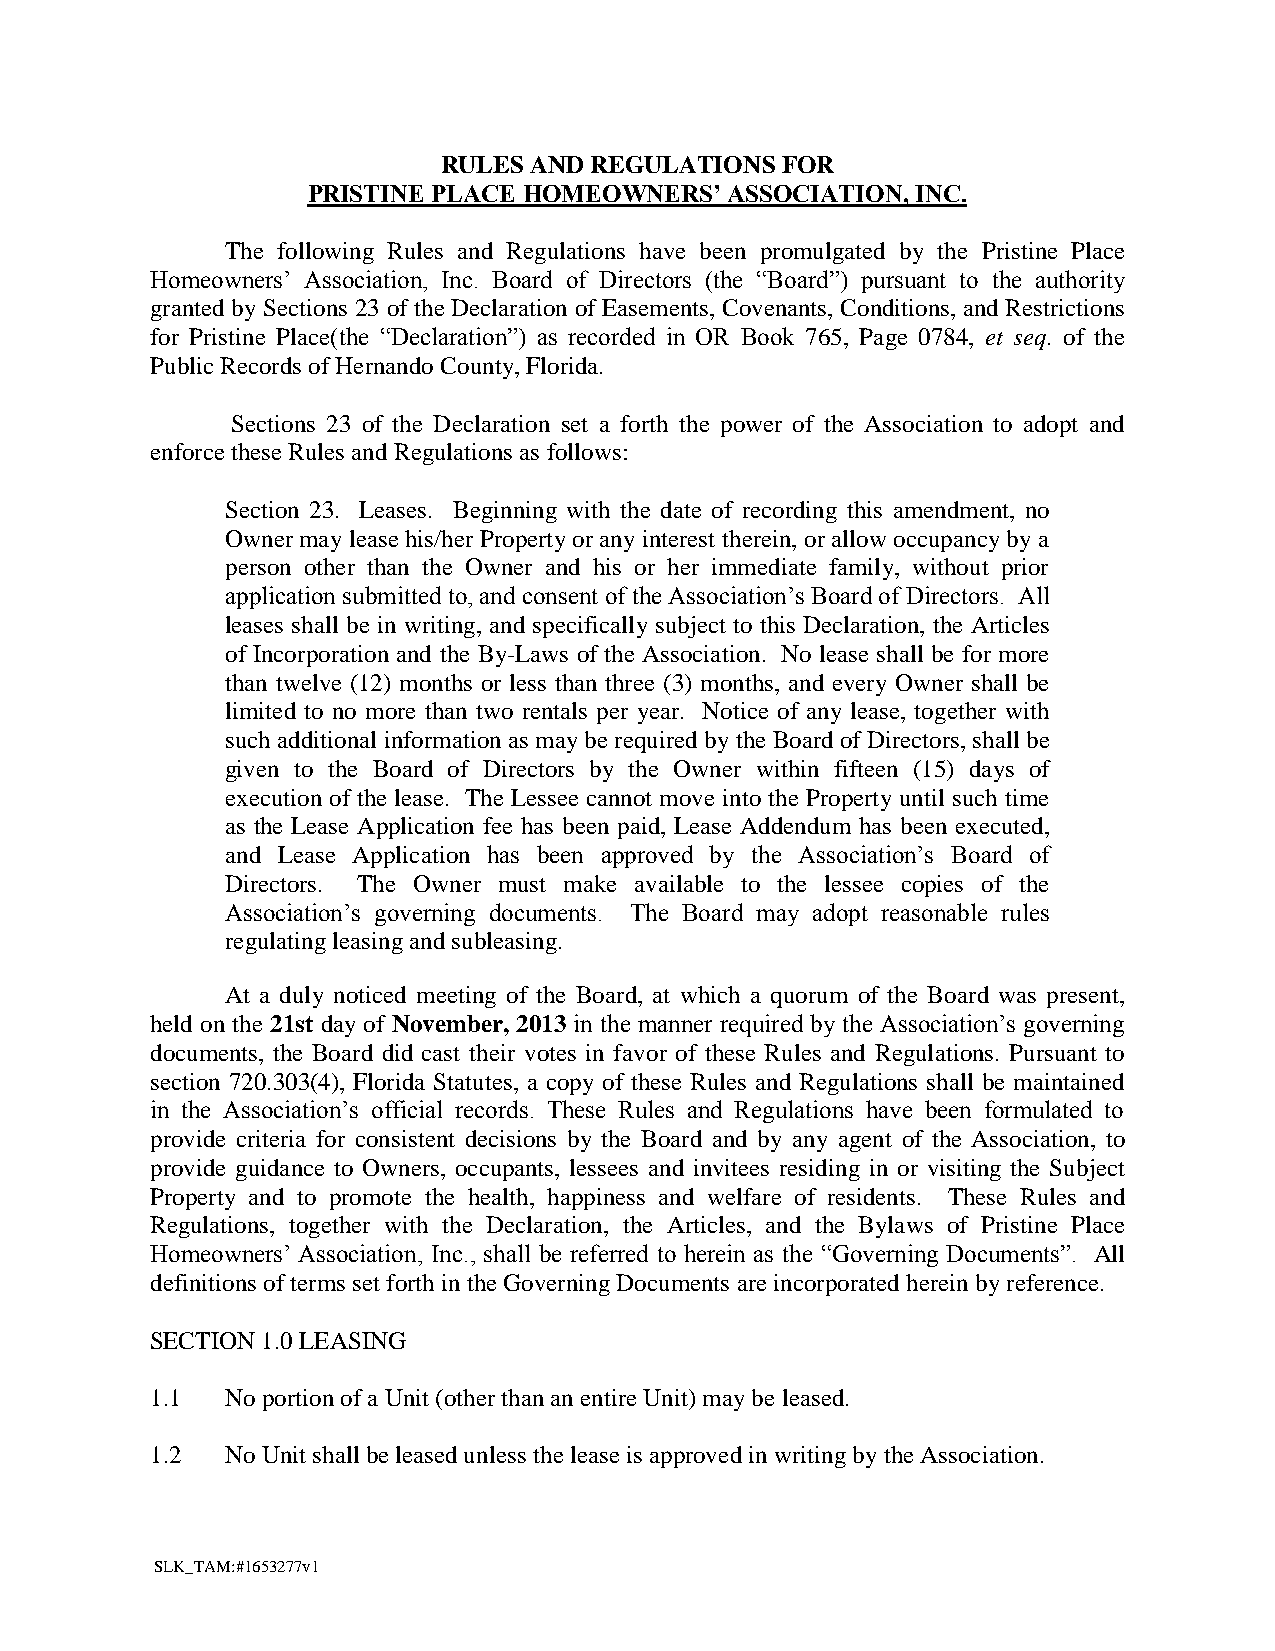
RULES AND REGULATIONS  FOR
 PRISTINE PLACE HOMEOWNERS’  ASSOCIATION, INC.
 The following Rules and Regulations have been promulgated by the Pristine Place
 Homeowners’ Association, Inc. Board of Directors (the “Board”) pursuant to the authority
 granted by Sections 23 of the Declaration of Easements, Covenants, Conditions, and Restrictions
 for Pristine Place(the “Declaration”) as recorded in OR Book 765, Page 0784, et seq. of the
 Public Records of Hernando County, Florida.
 Sections 23 of the Declaration set a forth the power of the Association to adopt and
 enforce these Rules and Regulations as follows:
 Section 23. Leases. Beginning with the date of recording this amendment, no
 Owner may lease his/her Property or any interest therein, or allow occupancy by a
 person other than the Owner and his or her immediate family, without prior
 application submitted to, and consent of the Association’s Board of Directors. All
 leases shall be in writing, and specifically subject to this Declaration, the Articles
 of Incorporation and the By-Laws of the Association. No lease shall be for more
 than twelve (12) months or less than three (3) months, and every Owner shall be
 limited to no more than two rentals per year. Notice of any lease, together with
 such additional information as may be required by the Board of Directors, shall be
 given to the Board of Directors by the Owner within fifteen (15) days of
 execution of the lease. The Lessee cannot move into the Property until such time
 as the Lease Application fee has been paid, Lease Addendum has been executed,
 and Lease Application has been approved by the Association’s Board of
 Directors. The Owner must make available to the lessee copies of the
 Association’s governing documents. The Board may adopt reasonable rules
 regulating leasing and subleasing.
 At a duly noticed meeting of the Board, at which a quorum of the Board was present,
 held on the 21st day of November, 2013 in the manner required by the Association’s governing
 documents, the Board did cast their votes in favor of these Rules and Regulations. Pursuant to
 section 720.303(4), Florida Statutes, a copy of these Rules and Regulations shall be maintained
 in the Association’s official records. These Rules and Regulations have been formulated to
 provide criteria for consistent decisions by the Board and by any agent of the Association, to
 provide guidance to Owners, occupants, lessees and invitees residing in or visiting the Subject
 Property and to promote the health, happiness and welfare of residents. These Rules and
 Regulations, together with the Declaration, the Articles, and the Bylaws of Pristine Place
 Homeowners’ Association, Inc., shall be referred to herein as the “Governing Documents”. All
 definitions of terms set forth in the Governing Documents are incorporated herein by reference.
 SECTION 1.0 LEASING
 1.1  No portion of a Unit (other than an entire Unit) may be leased.
 1.2  No Unit shall be leased unless the lease is approved in writing by the Association.
 SLK_TAM:#1653277v1